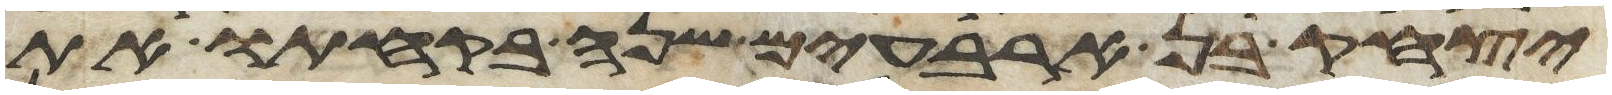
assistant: יצחק בן ארבעים שנה בקחתו את